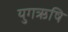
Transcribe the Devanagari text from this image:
युगऋषि